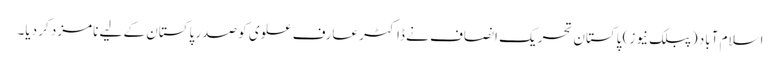
اسلام آباد (پبلک نیوز) پاکستان تحریک انصاف نے ڈاکٹر عارف علوی کو صدر پاکستان کے لیے نامزد کر دیا۔